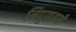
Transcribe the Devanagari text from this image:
निपुणताएँ